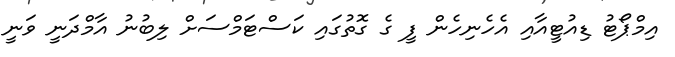
އިމްޕޯޓު ޑިއުޓީއާއި އެހެނިހެން ފީ ގެ ގޮތުގައި ކަސްޓަމްސަށް ލިބުނު އާމްދަނީ ވަނީ